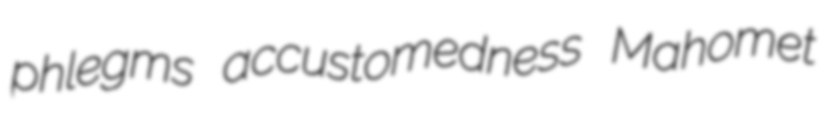
phlegms accustomedness Mahomet